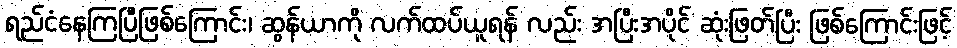
ရည်ငံနေကြပြီဖြစ်ကြောင်း၊ ဆွန်ယာကို လက်ထပ်ယူရန် လည်း အပြီးအပိုင် ဆုံးဖြတ်ပြီး ဖြစ်ကြောင်းဖြင့်